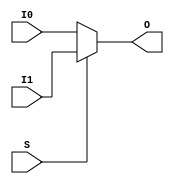
module MUXF6(output O, input I0, I1, S);
  assign O = S ? I1 : I0;
endmodule